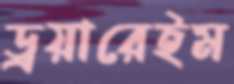
ড্রয়ারেইম